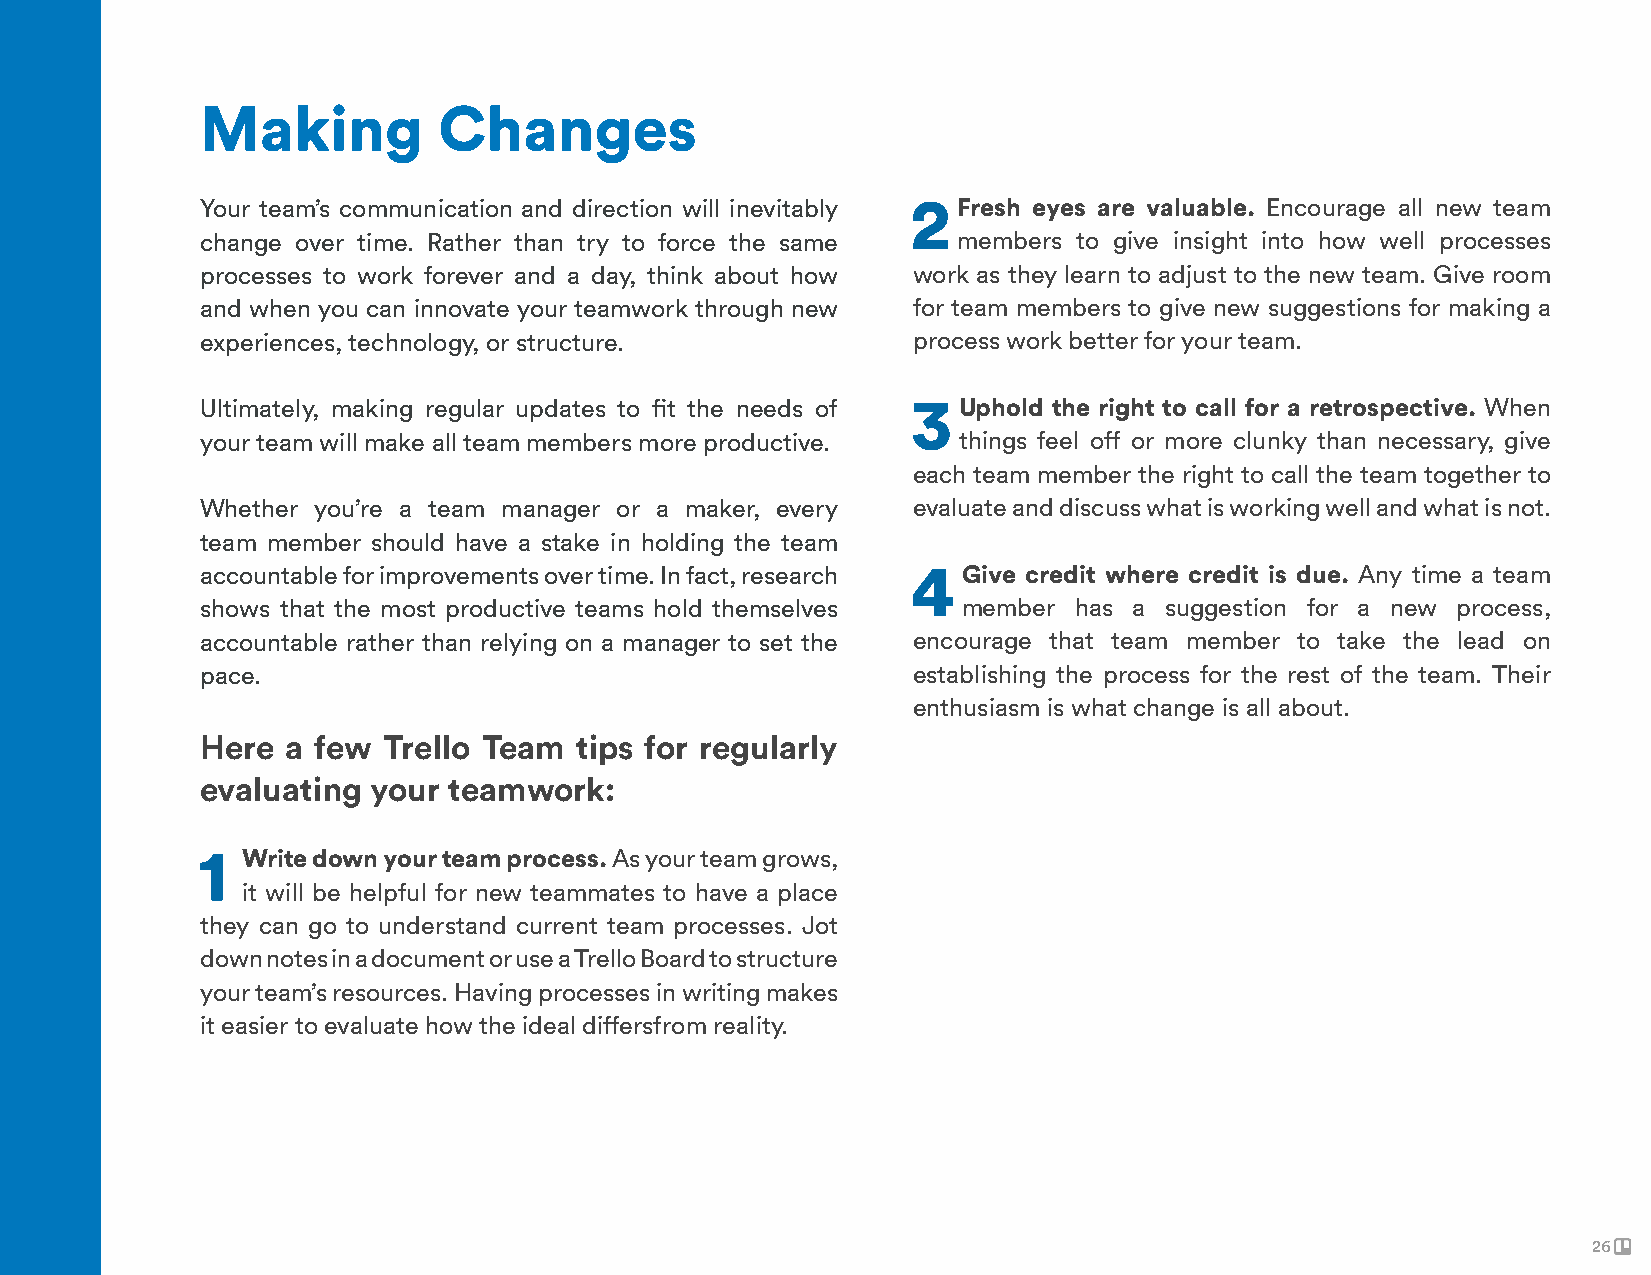
Making          Changes
 Your team’s communication and direction will inevitably 2 Fresh eyes are valuable. Encourage all new team
 change over time. Rather than try to force the same members to give insight into how well processes
 processes to work forever and a day, think about how work as they learn to adjust to the new team. Give room
 and when you can innovate your teamwork through new for team members to give new suggestions for making a
 experiences, technology, or structure.         process work better for your team.
 Ultimately, making regular updates to fit the needs of 3 Uphold the right to call for a retrospective. When
 your team will make all team members more productive. things feel off or more clunky than necessary, give
 each team member the right to call the team together to
 Whether you’re a team manager or a maker, every evaluate and discuss what is working well and what is not.
 team member should have a stake in holding the team
 accountable for improvements over time. In fact, research 4 Give credit where credit is due. Any time a team
 shows that the most productive teams hold themselves member has a suggestion for a new process,
 accountable rather than relying on a manager to set the encourage that team member to take the lead on
 pace.                                          establishing the process for the rest of the team. Their
 enthusiasm is what change is all about.
 Here  a few Trello Team  tips for regularly
 evaluating your  teamwork:
 1  Write down your team process. As your team grows,
 it will be helpful for new teammates to have a place
 they can go to understand current team processes. Jot
 down notes in a document or use a Trello Board to structure
 your team’s resources. Having processes in writing makes
 it easier to evaluate how the ideal differsfrom reality.
 26
 26